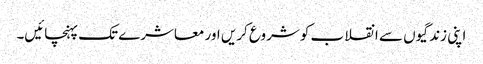
اپنی زندگیوں سے انقلاب کو شروع کریں اور معاشرے تک پہنچائیں۔